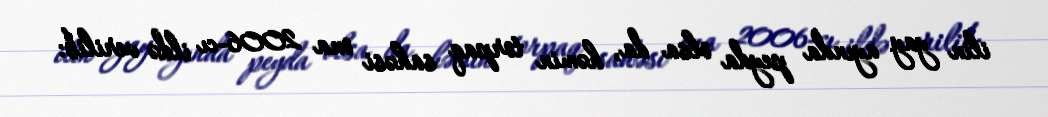
ilin yay ayında peyda olsa da, həmin torpaq sahəsi ona 2006-cı ildə verilib: